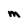
Character: M